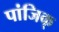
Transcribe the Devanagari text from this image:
पांजिक्